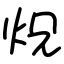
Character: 炾